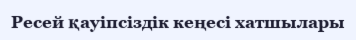
Ресей қауіпсіздік кеңесі хатшылары